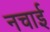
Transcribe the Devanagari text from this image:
नचाई